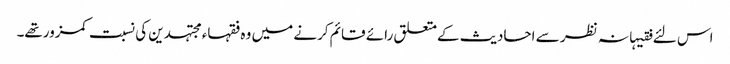
اس لئے فقیہانہ نظر سے احادیث کےمتعلق رائے قائم کرنے میں وہ فقہاء مجتہدین کی نسبت کمزورتھے۔